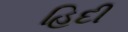
હિદી